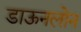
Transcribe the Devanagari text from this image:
डाऊनलोन